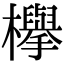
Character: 欅